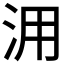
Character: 𣳔